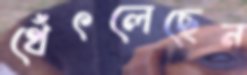
থেঁৎলেছেন